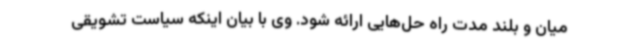
میان و بلند مدت راه حل‌هایی ارائه شود. وی با بیان اینکه سیاست تشویقی